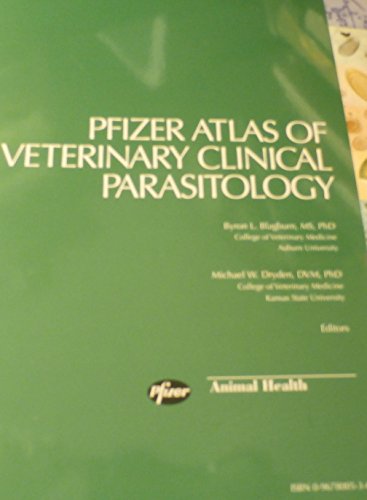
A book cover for Pfizer Atlas Of Veterinary Clinical Parasitology; Medical Books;